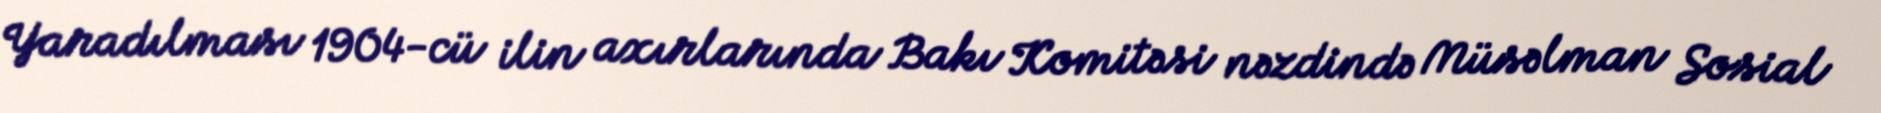
Yaradılması 1904-cü ilin axırlarında Bakı Komitəsi nəzdində Müsəlman Sosial